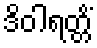
ဒိဝါရတ္တိံ